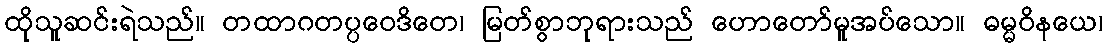
ထိုသူဆင်းရဲသည်။ တထာဂတပ္ပဝေဒိတေ၊ မြတ်စွာဘုရားသည် ဟောတော်မူအပ်သော။ ဓမ္မဝိနယေ၊